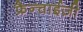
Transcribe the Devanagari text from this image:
फ्रैन्चाईज़ी